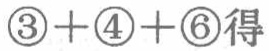
\textcircled{3}+\textcircled{4}+\textcircled{6}得